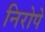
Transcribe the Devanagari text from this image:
निरोपे